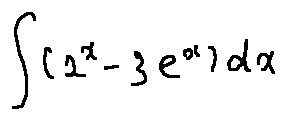
\int ( 2 ^ { x } - 3 e ^ { x } ) d x